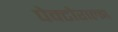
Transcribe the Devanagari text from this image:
पेक्टोराल्झ